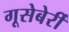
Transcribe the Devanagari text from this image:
गूसेबेर्री